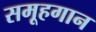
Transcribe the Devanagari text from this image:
समूहगान